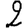
Digit: 2